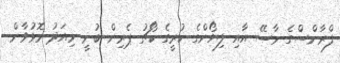
ފްރާންސްގެ މާސޭ އާއި ލިޔޯންގެ ކުރީގެ ކޯޗު ޕެރިން ބުނީ މިއަދު މޮޅުވާން